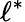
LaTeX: \ell^{*}